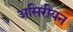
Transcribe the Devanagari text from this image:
असिरीयन